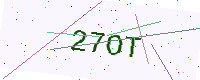
Text: 27OT